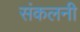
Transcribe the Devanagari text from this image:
संकलनी